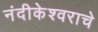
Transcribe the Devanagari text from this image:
नंदीकेश्वराचे